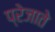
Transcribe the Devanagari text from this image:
प्रेजाते